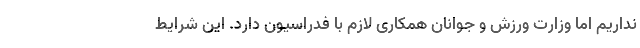
نداریم اما وزارت ورزش و جوانان همکاری لازم با فدراسیون دارد. این شرایط